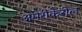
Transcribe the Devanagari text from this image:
अमेरीकेरील